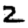
Digit: 2